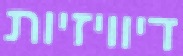
דיוויזיות